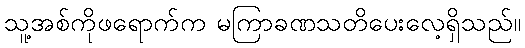
သူ့အစ်ကိုဖရောက်က မကြာခဏသတိပေးလေ့ရှိသည်။